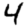
Digit: 4